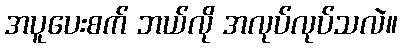
အပူပေးစက် ဘယ်လို အလုပ်လုပ်သလဲ။